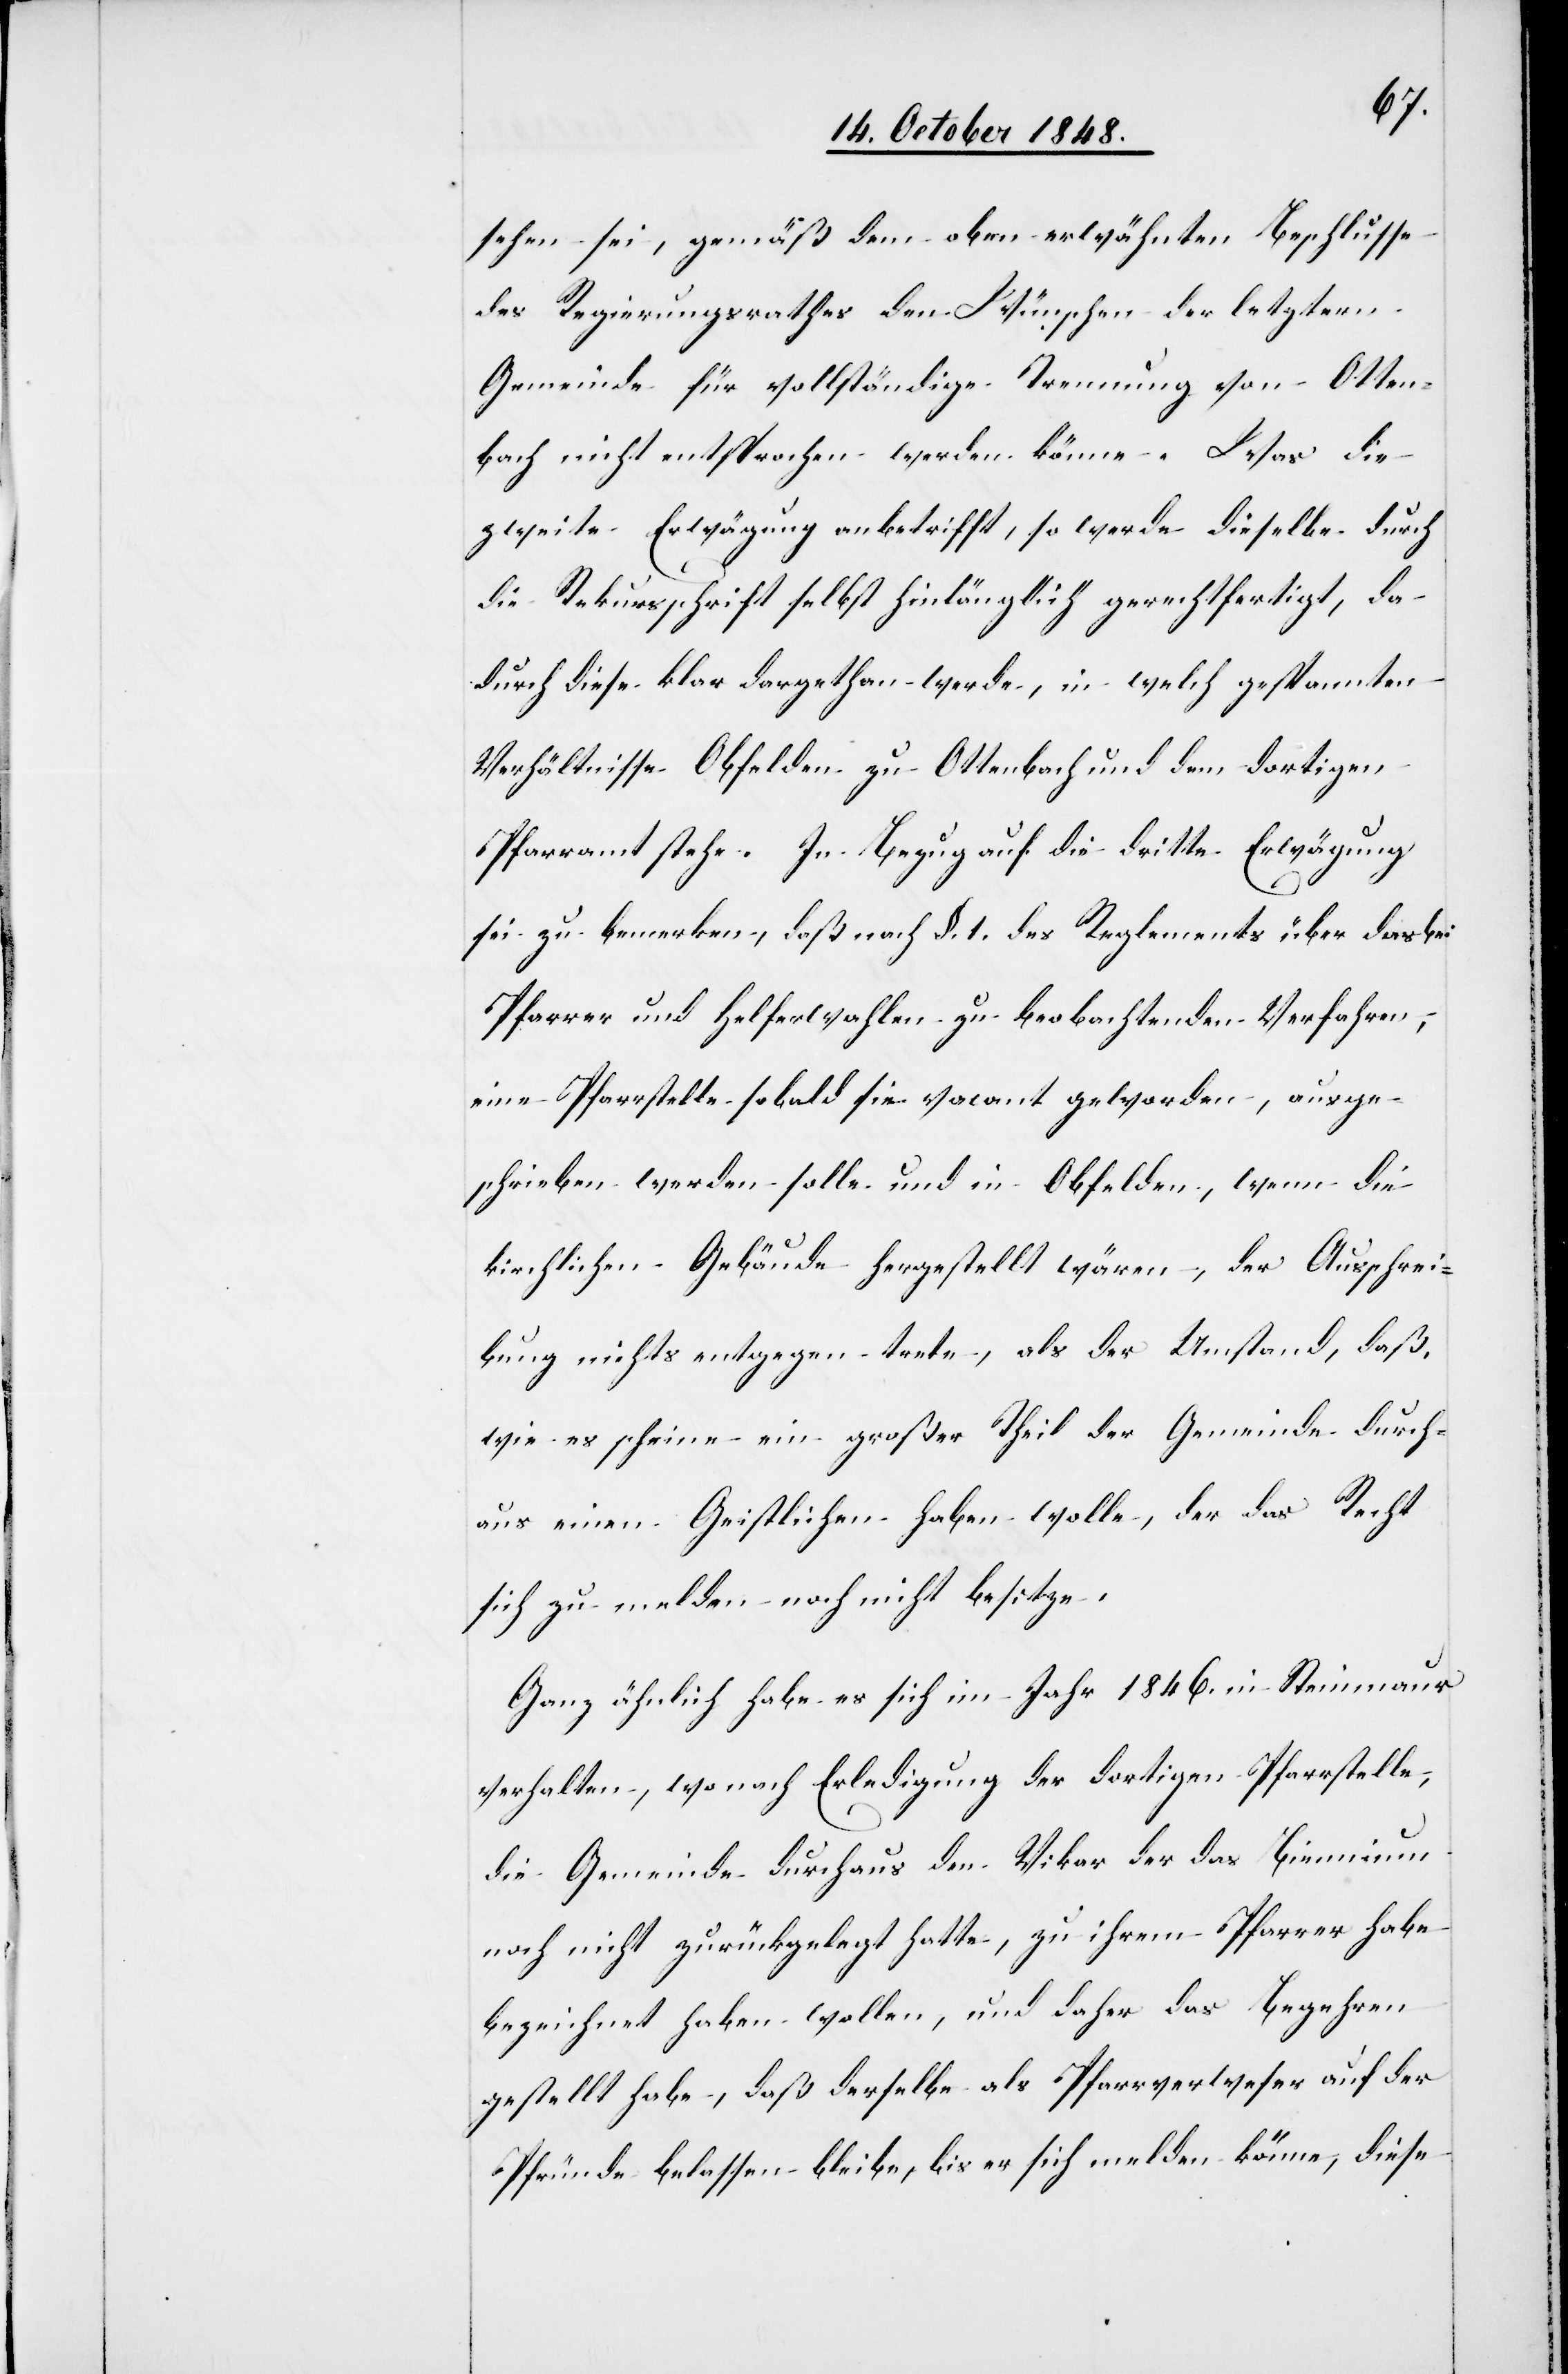
sehen sei, gemäß dem oben erwähnten Beschlusse
des Regierungsrathes den Wünschen der letztern
Gemeinde für vollständige Trennung von Otten¬
bach nicht entsprochen werden könne. Was die
zweite Erwägung anbetrifft, so werde dieselbe durch
die Rekursschrift selbst hinlänglich gerechtfertigt, da
durch diese klar dargethan werde, in welch gespannten
Verhältnisse Obfelden zu Ottenbach und dem dortigen
Pfarramt stehe. In Bezug auf die dritte Erwägung
sei zu bemerken, daß nach §. 1. des Reglements über das bei
Pfarrer und Helferwahlen zu beobachtenden Verfahren,
eine Pfarrstelle sobald sie vacant geworden, ausge¬
schrieben werden solle und in Obfelden, wenn die
kirchlichen Gebäude hergestellt wären, der Ausschrei¬
bung nichts entgegen trete, als der Umstand, daß,
wie es scheine ein großer Theil der Gemeinde durch¬
aus einen Geistlichen haben wolle, der das Recht
sich zu melden noch nicht besitze.
Ganz ähnlich habe es ich im Jahr 1846. in Steinmaur
verhalten, wo nach Erledigung der dortigen Pfarrstelle,
die Gemeinde durchaus den Vikar der das Biennium
noch nicht zurückgelegt hatte, zu ihrem Pfarrer habe
bezeichnet haben wollen ,und daher das Begehren
gestellt habe, daß derselbe als Pfarrverweser auf der
Pfründe belassen bleibe, bis er sich melden könne, diese